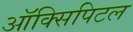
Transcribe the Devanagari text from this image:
ऑक्सिपिटल